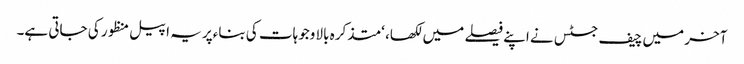
آخر میں چیف جسٹس نے اپنے فیصلے میں لکھا، ‘متذکرہ بالا وجوہات کی بناءپر یہ اپیل منظور کی جاتی ہے۔